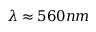
\lambda \approx 5 6 0 n m